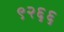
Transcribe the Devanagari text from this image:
९२६६